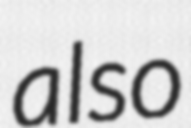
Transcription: also